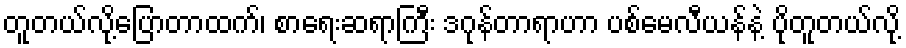
တူတယ်လို့ပြောတာထက်၊ စာရေးဆရာကြီး ဒဂုန်တာရာဟာ ပစ်မေလီယန်နဲ့ ပိုတူတယ်လို့